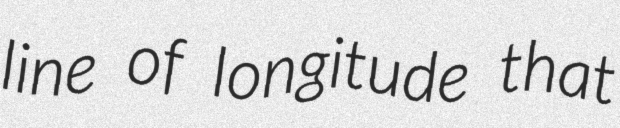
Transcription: line of longitude that